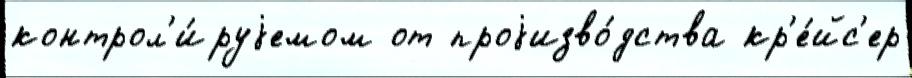
контрол'и́руjемом от проjизво́дства кр'е́йс'ер